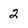
Character: 2